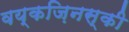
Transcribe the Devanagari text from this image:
वय्कज़िनस्की